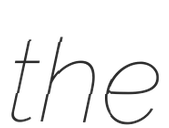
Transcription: the